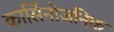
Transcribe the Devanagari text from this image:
कार्सिनोजनिक